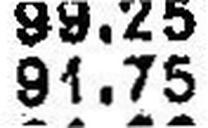
91.75